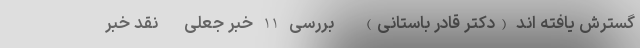
گسترش یافته اند (دکتر قادر باستانی) - بررسی 11 خبر جعلی - نقد خبر